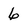
Character: 6